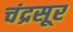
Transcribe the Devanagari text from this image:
चंद्रसूर